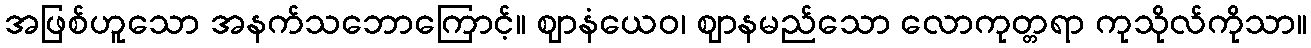
အဖြစ်ဟူသော အနက်သဘောကြောင့်။ ဈာနံယေဝ၊ ဈာနမည်သော လောကုတ္တရာ ကုသိုလ်ကိုသာ။